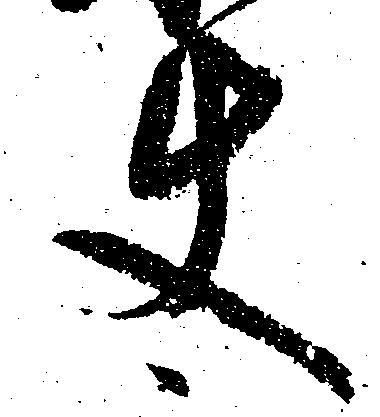
使